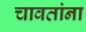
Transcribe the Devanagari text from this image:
चावतांना